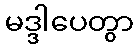
မဒ္ဒါပေတွာ